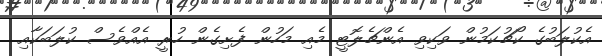
އެކުލަބުގެ ކޯޗުކަމުން ވަކިވި އެންޗެލޮޓީ މެއި މަހުން ފެށިގެން ހުރީ އެއްވެސް ކުލަބަކާއި